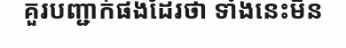
គួរបញ្ជាក់ផងដែរថា ទាំងនេះមិន